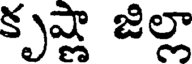
కృష్ణా జిల్లా